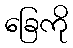
ခြေကို